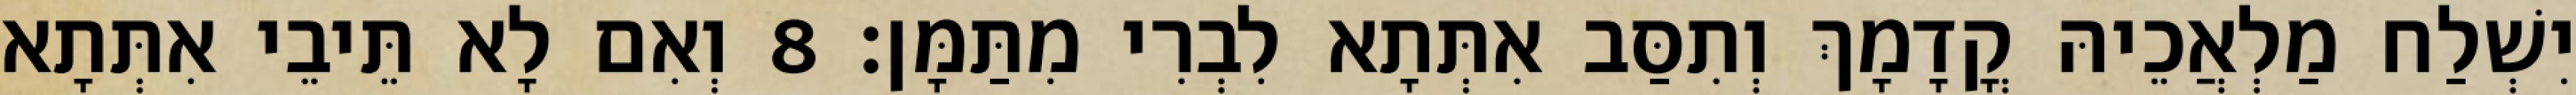
יִשְׁלַח מַלְאֲכֵיהּ קֳדָמָךְ וְתִסַּב אִתְּתָא לִבְרִי מִתַּמָּן׃ 8 וְאִם לָא תֵּיבֵי אִתְּתָא